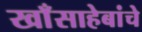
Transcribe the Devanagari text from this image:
खाँसाहेबांचे